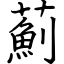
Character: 薊